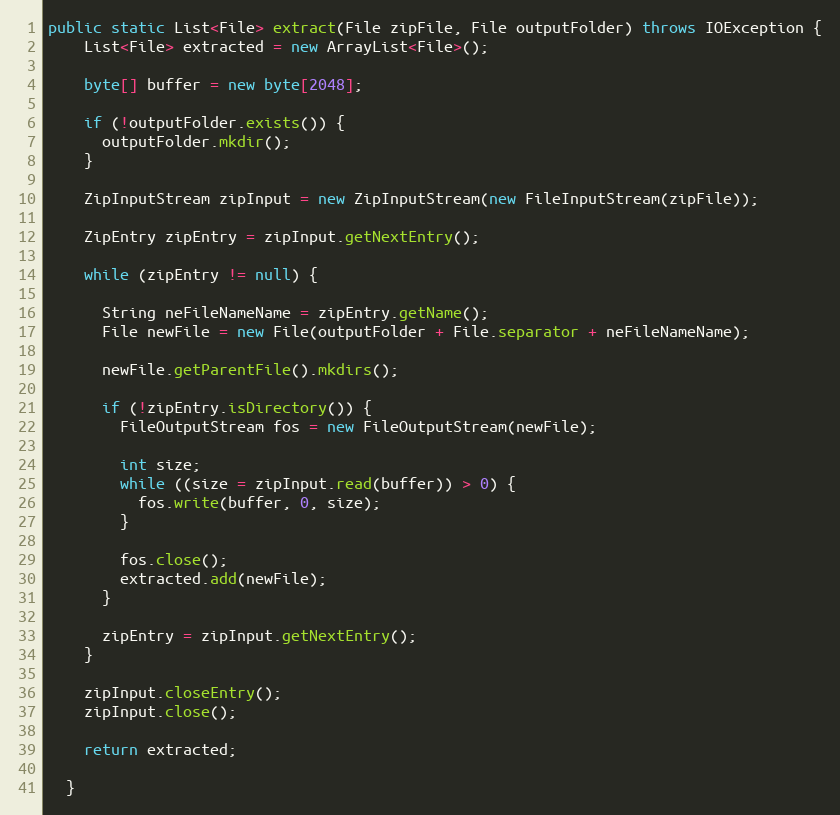
Language: Java
public static List<File> extract(File zipFile, File outputFolder) throws IOException {
    List<File> extracted = new ArrayList<File>();

    byte[] buffer = new byte[2048];

    if (!outputFolder.exists()) {
      outputFolder.mkdir();
    }

    ZipInputStream zipInput = new ZipInputStream(new FileInputStream(zipFile));

    ZipEntry zipEntry = zipInput.getNextEntry();

    while (zipEntry != null) {

      String neFileNameName = zipEntry.getName();
      File newFile = new File(outputFolder + File.separator + neFileNameName);

      newFile.getParentFile().mkdirs();

      if (!zipEntry.isDirectory()) {
        FileOutputStream fos = new FileOutputStream(newFile);

        int size;
        while ((size = zipInput.read(buffer)) > 0) {
          fos.write(buffer, 0, size);
        }

        fos.close();
        extracted.add(newFile);
      }

      zipEntry = zipInput.getNextEntry();
    }

    zipInput.closeEntry();
    zipInput.close();

    return extracted;

  }